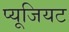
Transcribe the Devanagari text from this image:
प्यूजियट